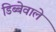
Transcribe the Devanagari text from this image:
डिब्बेवाले